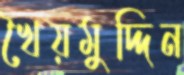
খৈয়মুদ্দিন